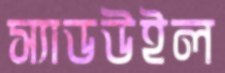
স্যাডউইল